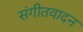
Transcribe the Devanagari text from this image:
संगीतवादन